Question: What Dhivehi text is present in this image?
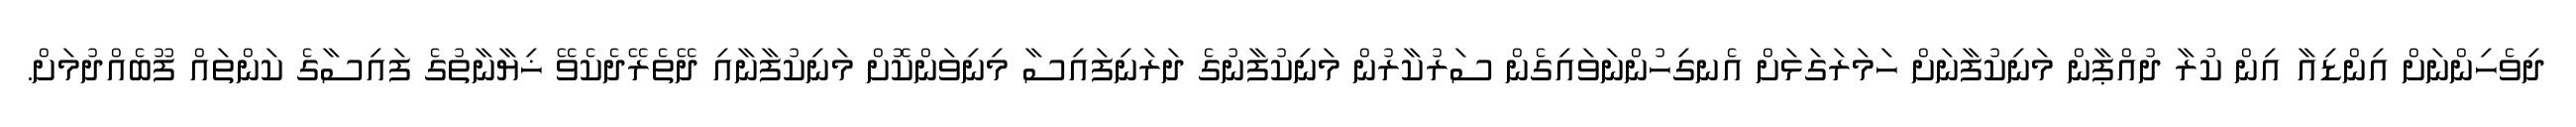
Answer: ދިވެހިންނަށް އިންޑިއާ އިން ކުރާ ދުއްޕާން މަނިކުފާނަށް ހަމަރަގަޅަށް އެނގިހުންނަވައިގެން ސަރުކާރުން މަނިކުފާނުގެ ދަރަނިފައިސާ މިނިވަންކޮށް މަނިކުފާނާއި ދޭތެރޭދެކެވޭ ޚިޔާނާތުގެ ފައިސާގެ ކަންތައް ފޫބެއްދުމަށް.